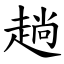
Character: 趟